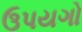
ઉપયગો